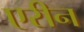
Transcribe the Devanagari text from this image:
एरीन